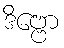
ဒိဗ္ဗော